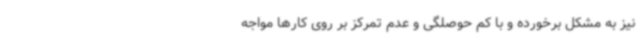
نیز به مشکل برخورده و با کم حوصلگی و عدم تمرکز بر روی کارها مواجه